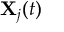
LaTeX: \mathbf { X } _ { j } ( t )